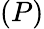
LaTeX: (P)